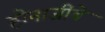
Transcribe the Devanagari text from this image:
होनाजींचे